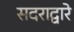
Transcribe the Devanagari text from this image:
सदराद्वारे